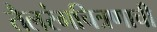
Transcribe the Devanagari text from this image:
तैलरंगचित्रणाची